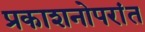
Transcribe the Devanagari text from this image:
प्रकाशनोपरांत